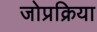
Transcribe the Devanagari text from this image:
जोप्रक्रिया